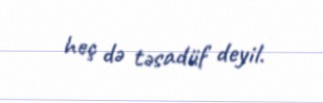
heç də təsadüf deyil.